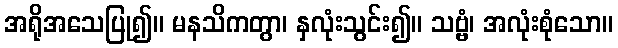
အရိုအသေပြု၍။ မနသိကတွာ၊ နှလုံးသွင်း၍။ သဗ္ဗံ၊ အလုံးစုံသော။